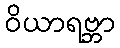
ဝိယာရဗ္ဘာ